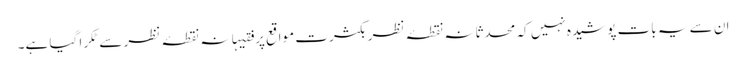
ان سے یہ بات پوشیدہ نہیں کہ محدثانہ نقطۂ نظر بکثرت مواقع پر فقیہانہ نقطۂ نظر سےٹکرا گیا ہے۔